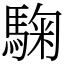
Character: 𩣽